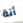
أنة